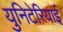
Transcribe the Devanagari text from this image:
युनिटेरियाई